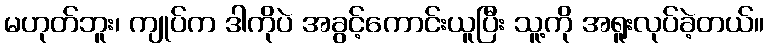
မဟုတ်ဘူး၊ ကျုပ်က ဒါကိုပဲ အခွင့်ကောင်းယူပြီး သူ့ကို အရူးလုပ်ခဲ့တယ်။